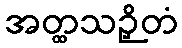
အတ္ထသဉှိတံ